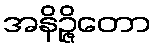
အနိဉ္ဇိတော